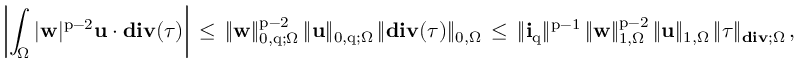
\left| \int _ { \Omega } | { \mathbf { w } } | ^ { \mathrm { p } - 2 } \mathbf { u } \cdot \mathbf { d i v } ( { \boldsymbol \tau } ) \right| \, \leq \, \| { \mathbf { w } } \| _ { 0 , \mathrm { q } ; \Omega } ^ { \mathrm { p } - 2 } \, \| \mathbf { u } \| _ { 0 , \mathrm { q } ; \Omega } \, \| \mathbf { d i v } ( { \boldsymbol \tau } ) \| _ { 0 , \Omega } \, \leq \, \| \mathbf { i } _ { \mathrm { q } } \| ^ { \mathrm { p } - 1 } \, \| { \mathbf { w } } \| _ { 1 , \Omega } ^ { \mathrm { p } - 2 } \, \| \mathbf { u } \| _ { 1 , \Omega } \, \| { \boldsymbol \tau } \| _ { \mathbf { d i v } ; \Omega } \, ,